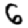
Digit: 6